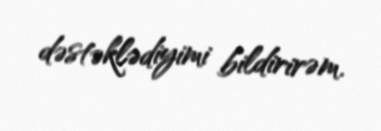
dəstəklədiyimi bildirirəm.